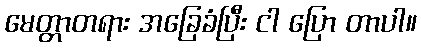
မေတ္တာတရား အခြေခံပြီး ငါ ပြော တာပါ။